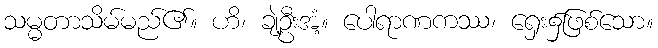
သမ္မတာသိမ်မည်၏။ ဟိ၊ ချဲ့ဦးအံ့။ ပေါရာဏကဿ၊ ရှေး၌ဖြစ်သော။